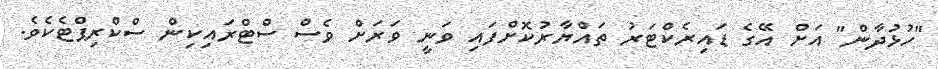
"ހުޅުދާން" އަށް އޭގެ ޑައިރެކްޓަރު ތައްޔާރުކޮށްފައި ވަނީ ވަރަށް ވެސް ސްޓްރައިކިން ސްކްރިޕްޓެކެވެ.